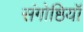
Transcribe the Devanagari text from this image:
संगोष्ठियॉ